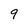
Character: 9